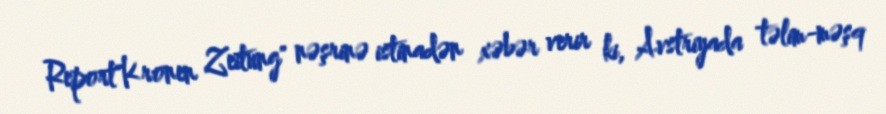
Report"Kronen Zeitung" nəşrinə istinadən xəbər verir ki, Avstriyada təlim-məşq